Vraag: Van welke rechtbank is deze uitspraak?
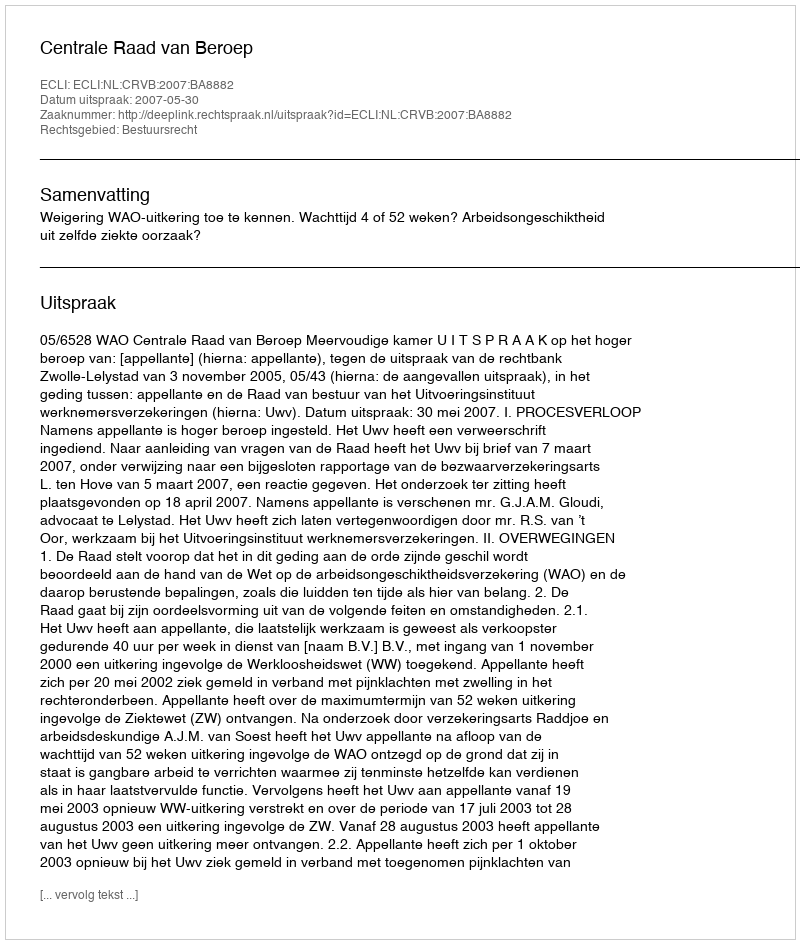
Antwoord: Centrale Raad van Beroep